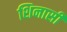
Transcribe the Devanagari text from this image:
शिनासी